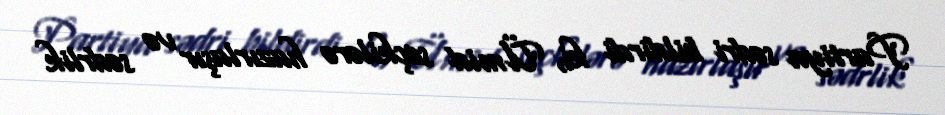
Partiya sədri bildirdi ki, Ümid seçkilərə hazırlaşır və sədrlik